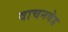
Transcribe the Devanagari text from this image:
वाचनवेड